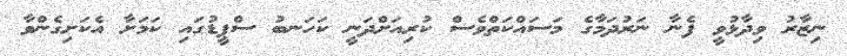
ނިޒާރު ވިދާޅުވީ ފެނާ ނަރުދަމާގެ މަސައްކަތްވެސް ކުރިއަށްދަނީ ކަހަނބު ސްޕީޑުގައި ކަމަށާ އެކަށިގެންވާ